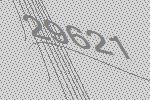
29621